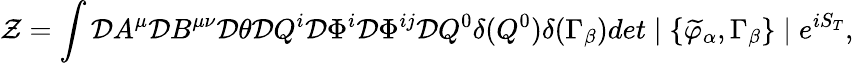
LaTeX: {\cal Z}=\int{\cal D}A^{\mu}{\cal D}B^{\mu\nu}{\cal D}\theta{\cal D}Q^{i}{\cal D}\Phi^{i}{\cal D}\Phi^{ij}{\cal D}Q^{0}\delta(Q^{0})\delta(\Gamma_{\beta})det\mid\{ \widetilde{\varphi}_{\alpha},\Gamma_{\beta}\} \mid e^{iS_{T}},